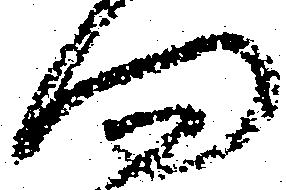
問